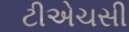
ટીએચસી